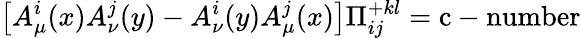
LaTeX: \left[A_{\mu}^{i}(x)A_{\nu}^{j}(y)-A_{\nu}^{i}(y)A_{\mu}^{j}(x)\right]\Pi_{ij}^{+kl}=\mathrm{c-number}